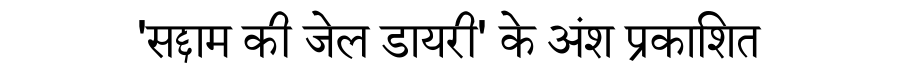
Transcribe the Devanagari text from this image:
'सद्दाम की जेल डायरी' के अंश प्रकाशित